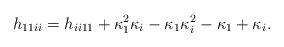
\begin{align*}h_{11ii}=h_{ii11}+\kappa_1 ^2\kappa_i -\kappa_1\kappa_i ^2-\kappa_1+\kappa_i.\end{align*}